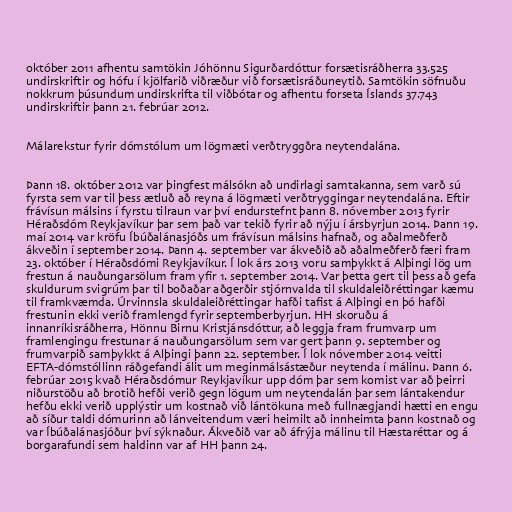
október 2011 afhentu samtökin Jóhönnu Sigurðardóttur forsætisráðherra 33.525
undirskriftir og hófu í kjölfarið viðræður við forsætisráðuneytið. Samtökin söfnuðu
nokkrum þúsundum undirskrifta til viðbótar og afhentu forseta Íslands 37.743
undirskriftir þann 21. febrúar 2012.

Málarekstur fyrir dómstólum um lögmæti verðtryggðra neytendalána.

Þann 18. október 2012 var þingfest málsókn að undirlagi samtakanna, sem varð sú
fyrsta sem var til þess ætluð að reyna á lögmæti verðtryggingar neytendalána. Eftir
frávísun málsins í fyrstu tilraun var því endurstefnt þann 8. nóvember 2013 fyrir
Héraðsdóm Reykjavíkur þar sem það var tekið fyrir að nýju í ársbyrjun 2014. Þann 19.
maí 2014 var kröfu Íbúðalánasjóðs um frávísun málsins hafnað, og aðalmeðferð
ákveðin í september 2014. Þann 4. september var ákveðið að aðalmeðferð færi fram
23. október í Héraðsdómi Reykjavíkur. Í lok árs 2013 voru samþykkt á Alþingi lög um
frestun á nauðungarsölum fram yfir 1. september 2014. Var þetta gert til þess að gefa
skuldurum svigrúm þar til boðaðar aðgerðir stjórnvalda til skuldaleiðréttingar kæmu
til framkvæmda. Úrvinnsla skuldaleiðréttingar hafði tafist á Alþingi en þó hafði
frestunin ekki verið framlengd fyrir septemberbyrjun. HH skoruðu á
innanríkisráðherra, Hönnu Birnu Kristjánsdóttur, að leggja fram frumvarp um
framlengingu frestunar á nauðungarsölum sem var gert þann 9. september og
frumvarpið samþykkt á Alþingi þann 22. september. Í lok nóvember 2014 veitti
EFTA-dómstóllinn ráðgefandi álit um meginmálsástæður neytenda í málinu. Þann 6.
febrúar 2015 kvað Héraðsdómur Reykjavíkur upp dóm þar sem komist var að þeirri
niðurstöðu að brotið hefði verið gegn lögum um neytendalán þar sem lántakendur
hefðu ekki verið upplýstir um kostnað við lántökuna með fullnægjandi hætti en engu
að síður taldi dómurinn að lánveitendum væri heimilt að innheimta þann kostnað og
var Íbúðalánasjóður því sýknaður. Ákveðið var að áfrýja málinu til Hæstaréttar og á
borgarafundi sem haldinn var af HH þann 24.